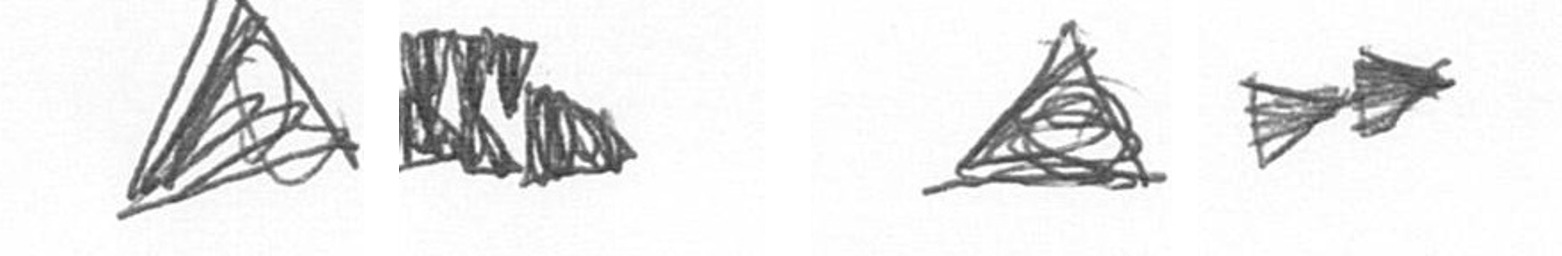
O D O A